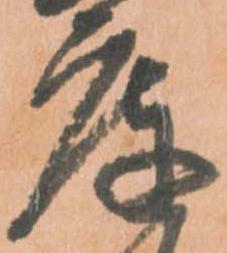
庫